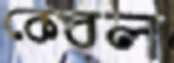
কেবল